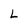
Character: L